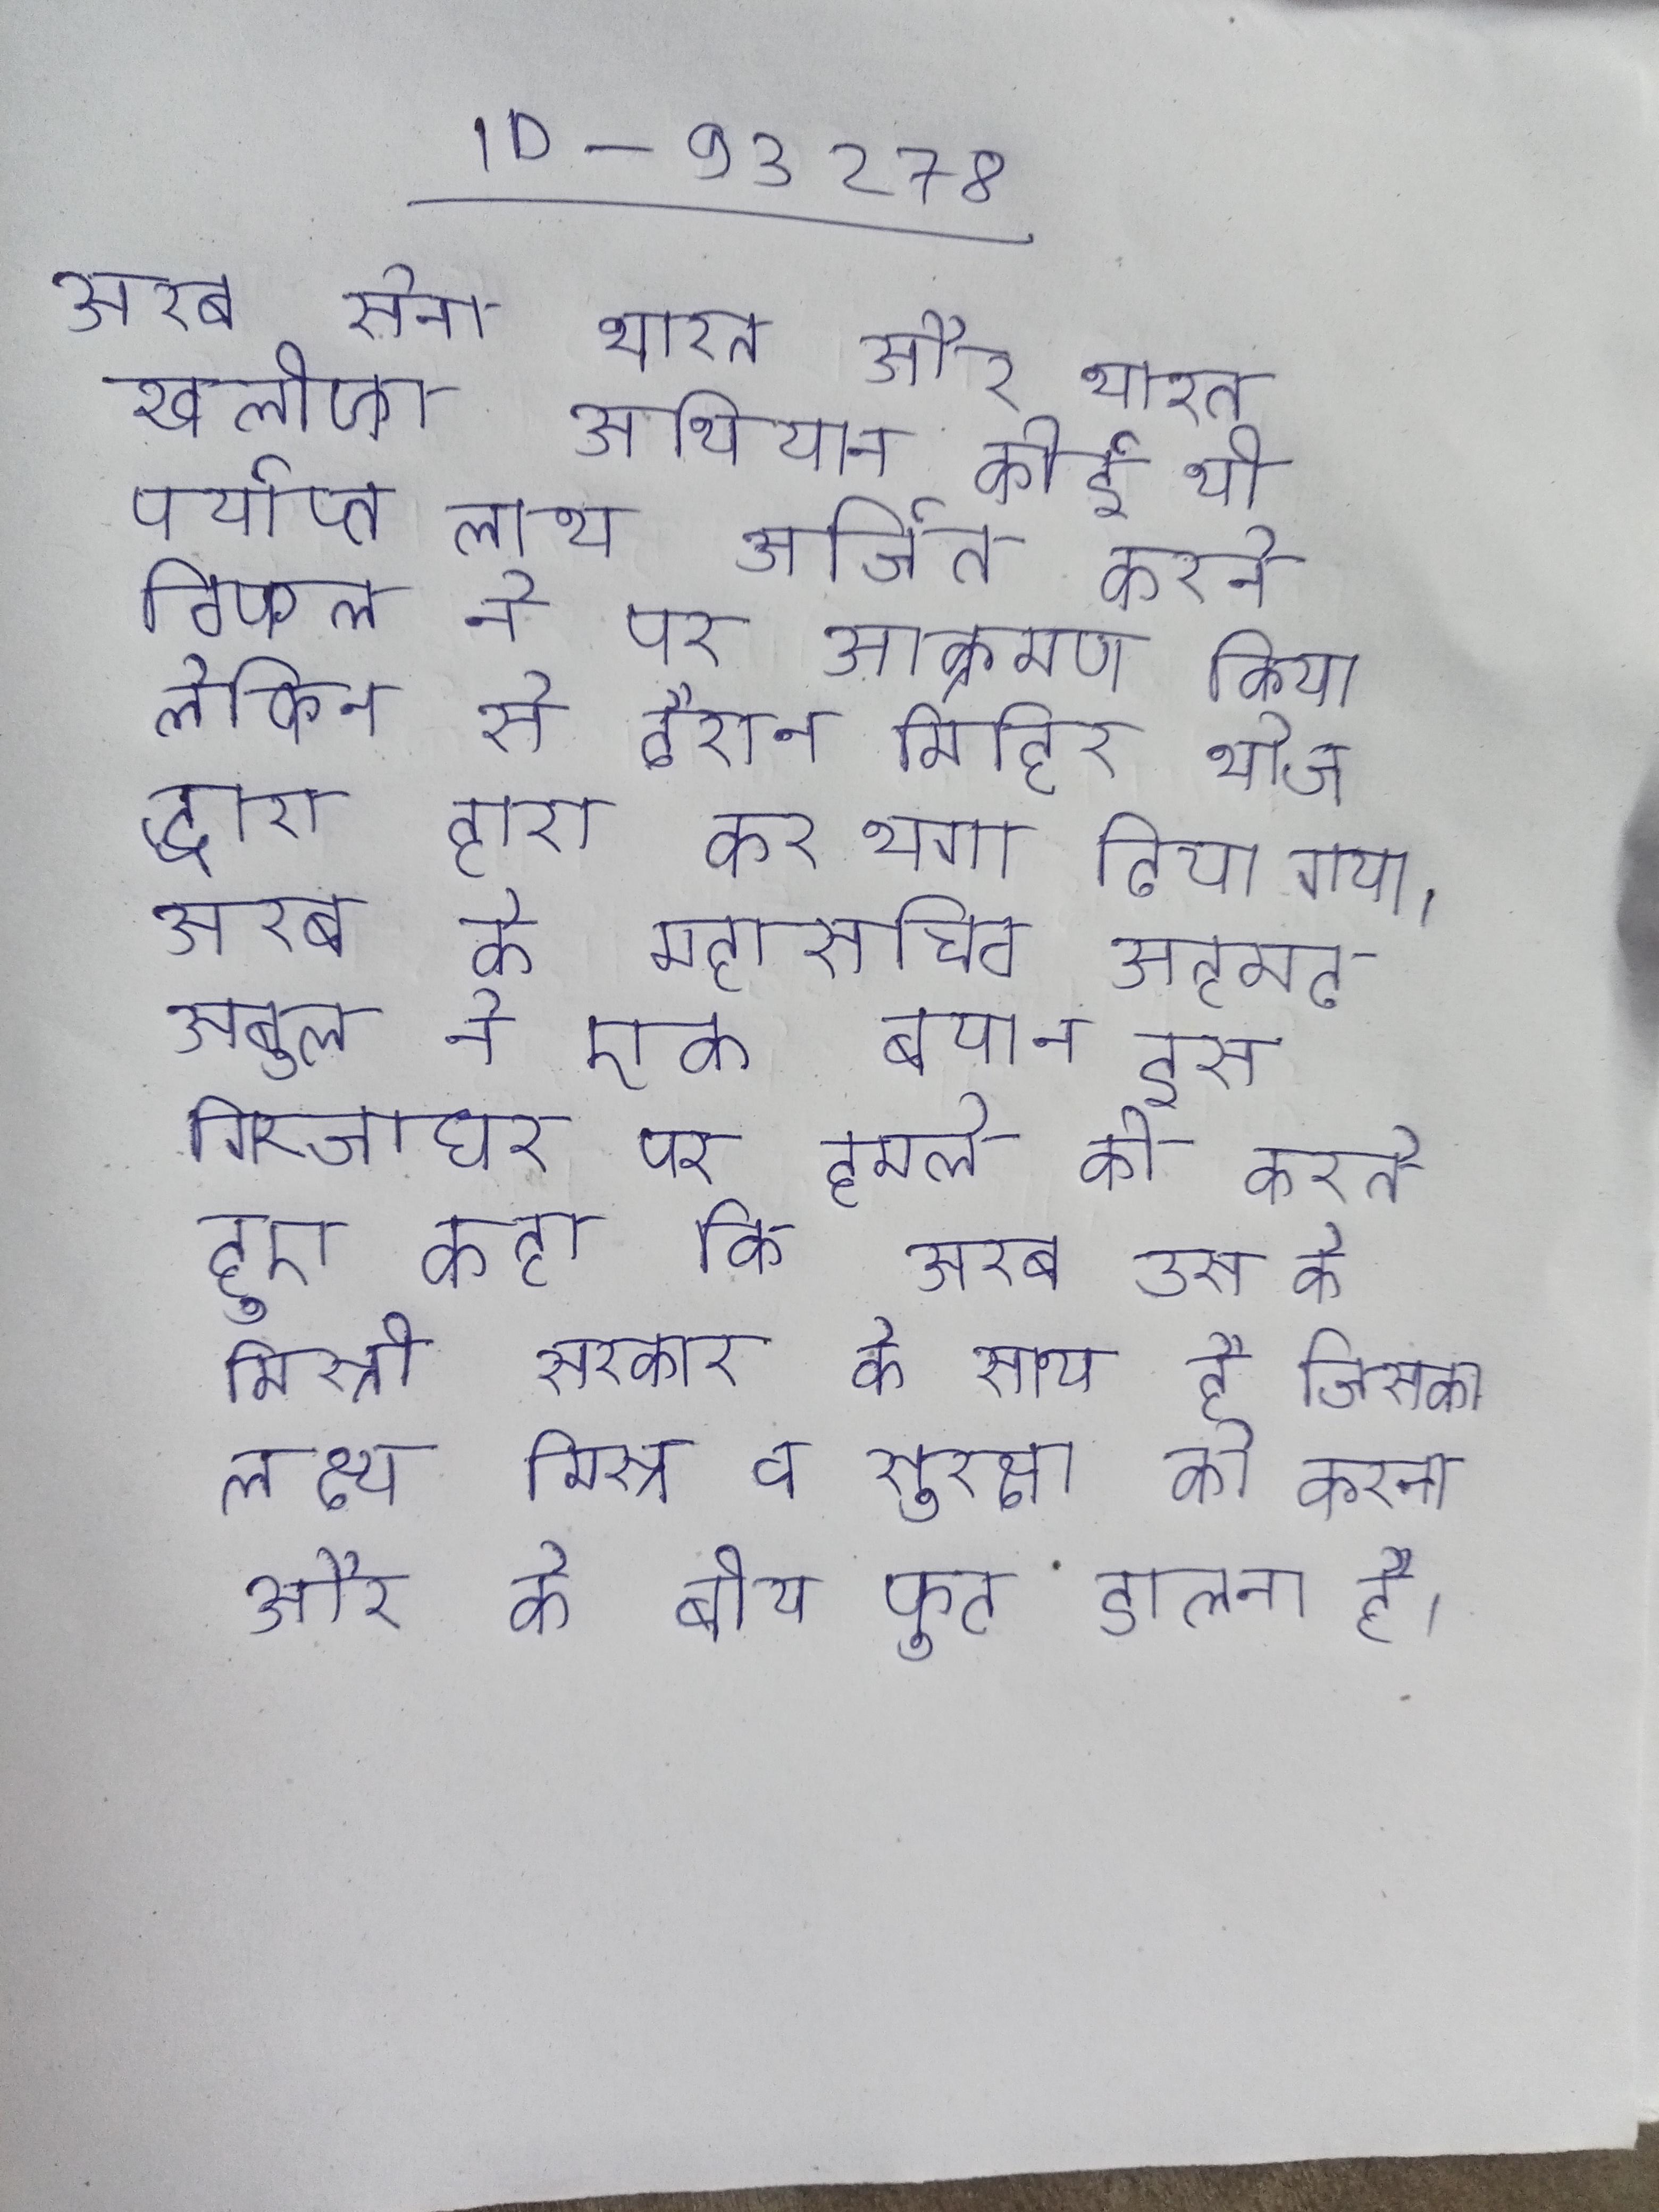
अरब सेना भारत और भारत खलीफा अभियान कोई भी पर्याप्त लाभ अर्जित करने विफल ने पर आक्रमण किया लेकिन से दौरान मिहिर भोज द्वारा हारा कर भगा दिया गया । अरब के महासचिव अहमद अबुल ने एक बयान इस गिरजाघर पर हमले की करते हुए कहा कि अरब उस के मिस्री सरकार के साथ है जिसका लक्ष्य मिस्र व सुरक्षा को करना और के बीच फूट डालना है ।